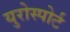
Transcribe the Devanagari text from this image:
युरोस्पोर्ट